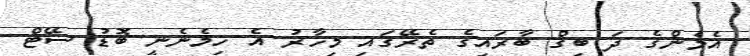
އެމެންގެ ދަ ބިގް ބާރައިގެ ތެރޭގައި މިހާރު އެ ހިމެނެނީ ބޮޑު ސޭޓް